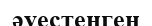
әуестенген